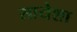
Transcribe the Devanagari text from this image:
सायेशा